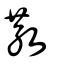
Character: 散